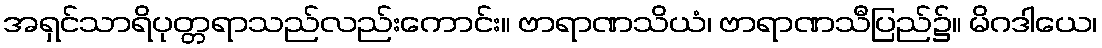
အရှင်သာရိပုတ္တရာသည်လည်းကောင်း။ ဗာရာဏသိယံ၊ ဗာရာဏသီပြည်၌။ မိဂဒါယေ၊